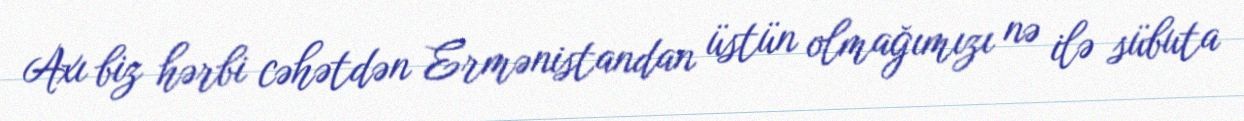
Axı biz hərbi cəhətdən Ermənistandan üstün olmağımızı nə ilə sübuta